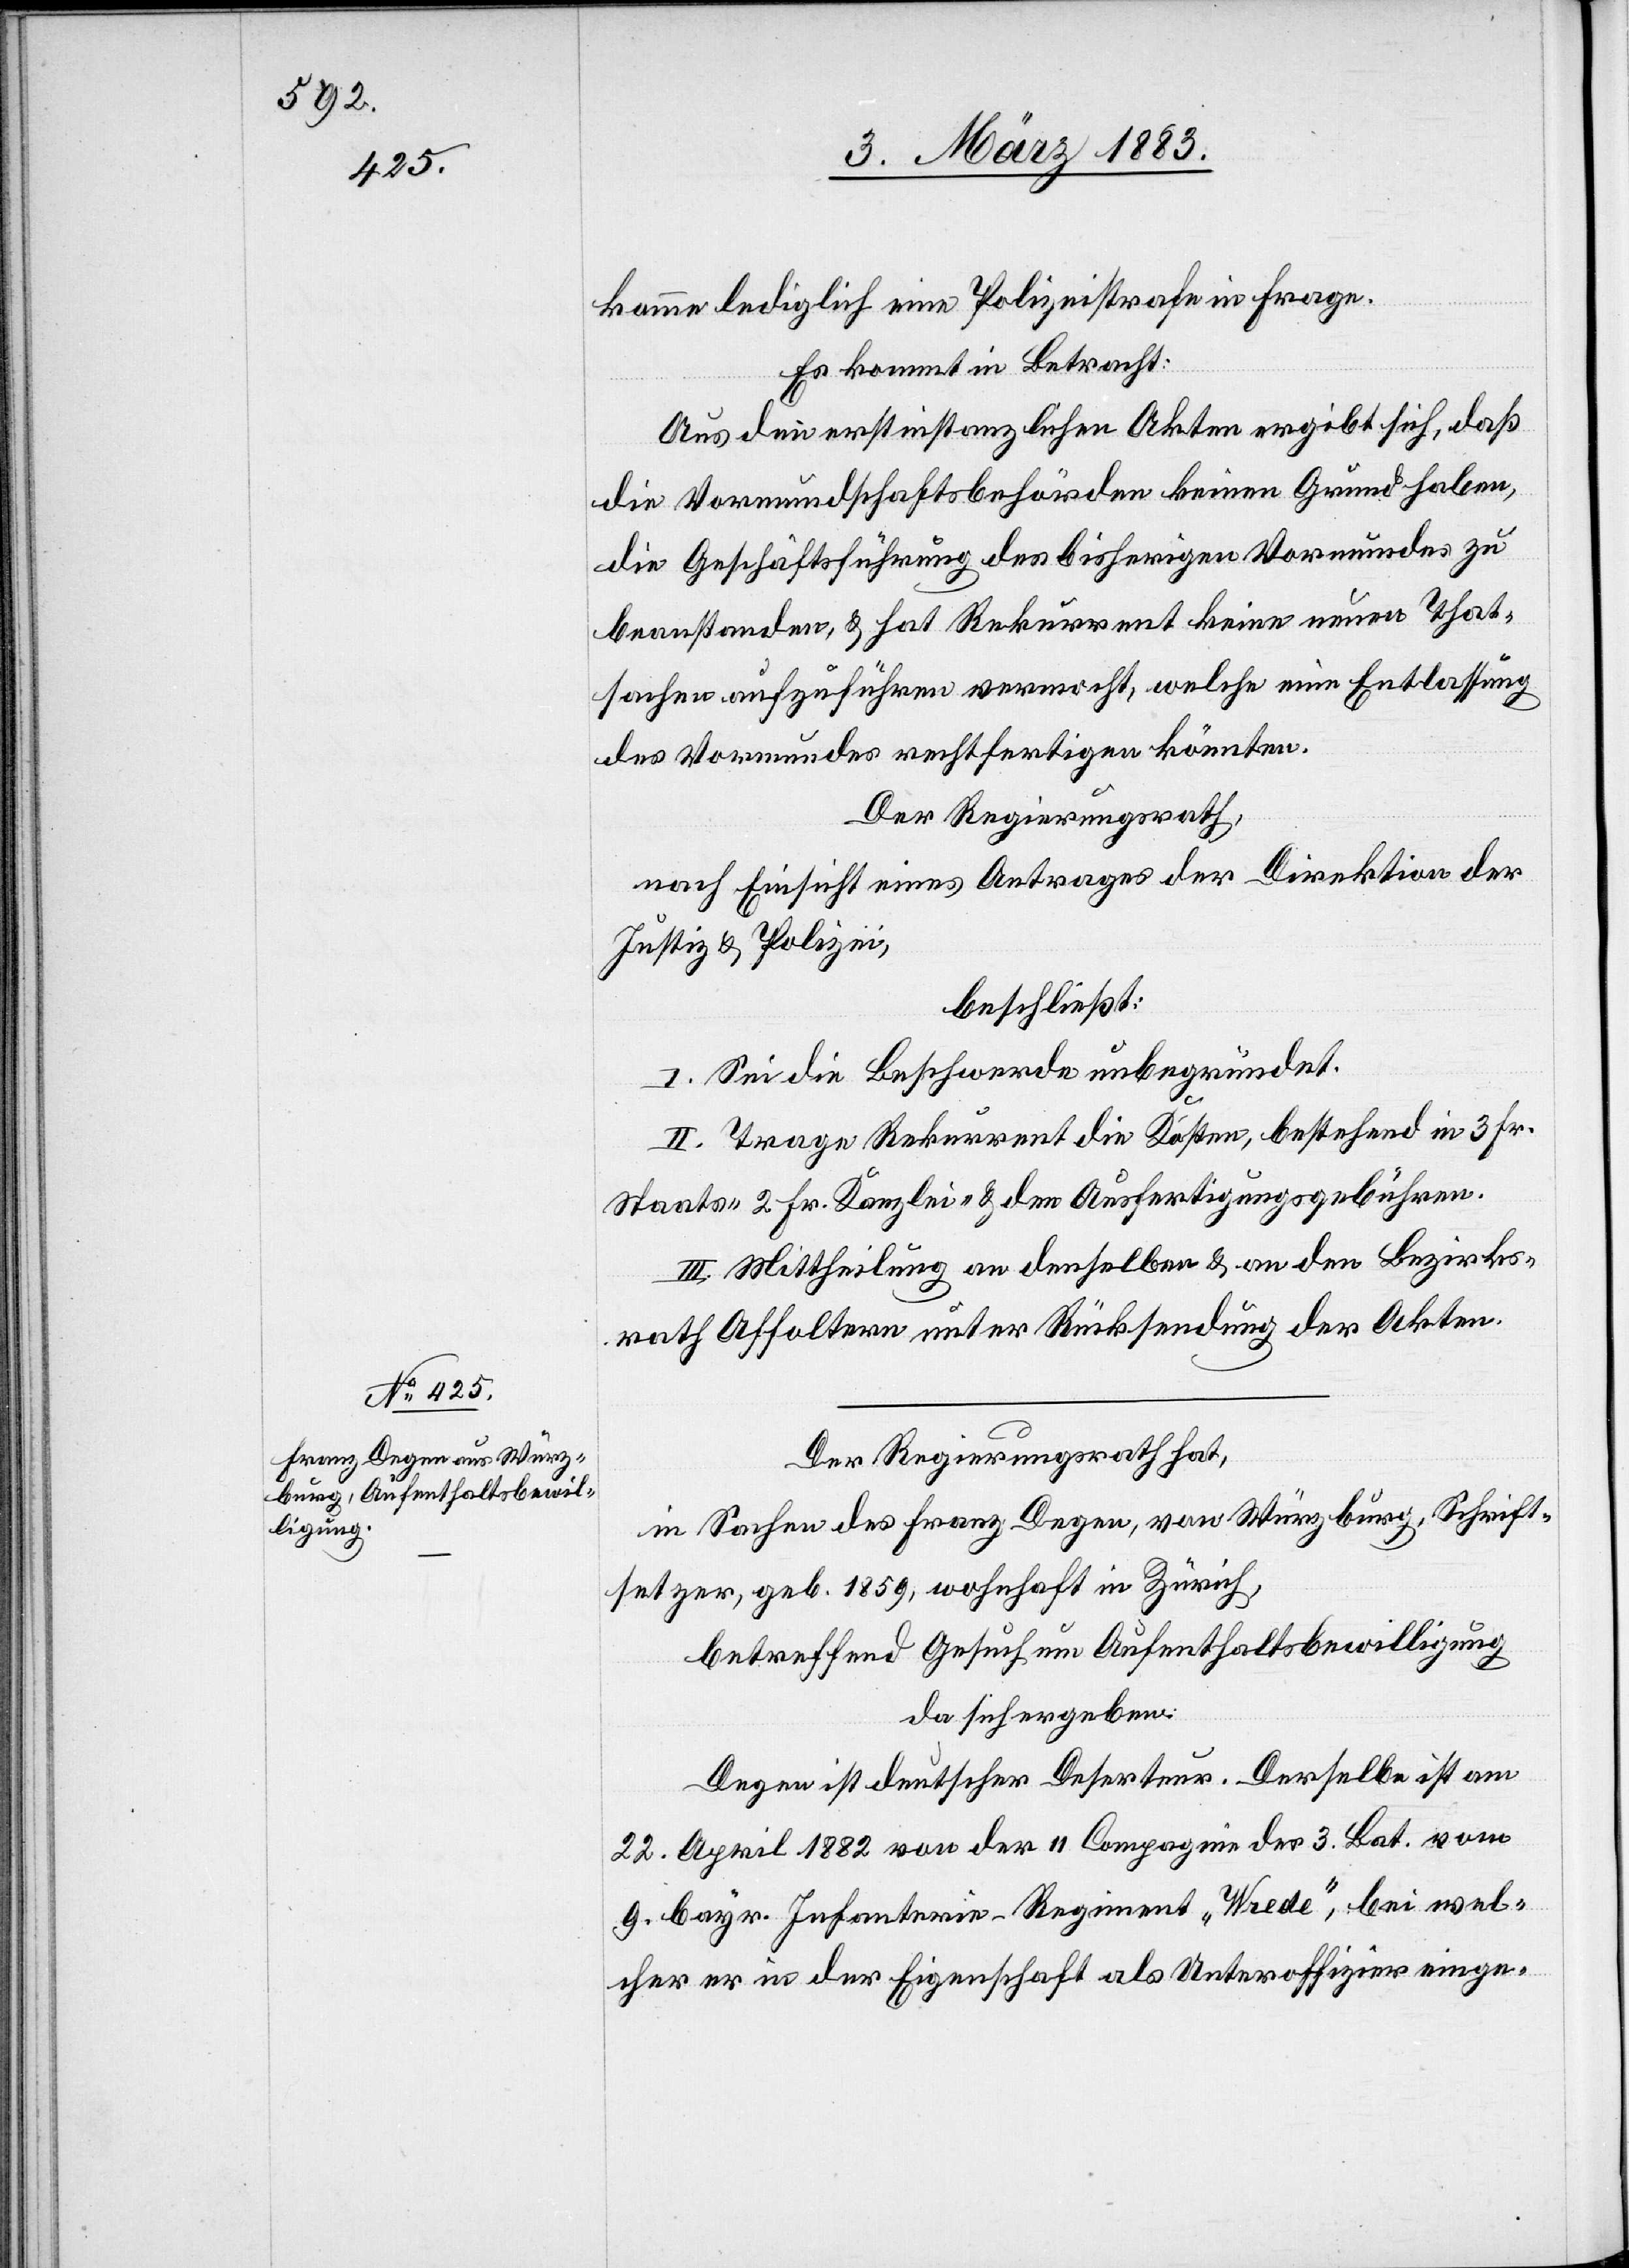
komme lediglich eine Polizeistrafe in Frage.
Es kommt in Betracht:
Aus den erstinstanzlichen Akten ergibt sich, daß
die Vormundschaftsbehörden keinen Grund haben,
die Geschäftsführung des bisherigen Vormundes zu
beanstanden, & hat Rekurrent keine neuen That¬
sachen aufzuführen vermocht, welche eine Entlassung
des Vormundes rechtfertigen könnten.
Der Regierungsrath,
nach Einsicht eines Antrages der Direktion der
Justiz & Polizei,
beschließt:
I. Sei die Beschwerde unbegründet.
II. Trage Rekurrent die Kosten, bestehend in 3 Fr.
Staats- 2 Fr. Kanzlei- & den Ausfertigungsgebühren.
III. Mittheilung an denselben & an den Bezirks¬
rath Affoltern unter Rücksendung der Akten.
Der Regierungsrath hat,
in Sachen des Franz Degen, von Würzburg, Schrift¬
setzer, geb. 1859, wohnhaft in Zürich,
betreffend Gesuch um Aufenthaltsbewilligung
da sich ergeben:
Degen ist deutscher Deserteur. Derselbe ist am
22. April 1882 von der II Compagnie des 3. Bat. vom
9. bayr. Infanterie-Regiment „Wrede“, bei wel¬
cher er in der Eigenschaft als Unteroffizier einge-